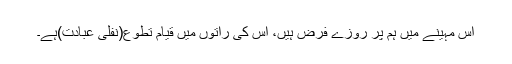
اس مہینے میں ہم پر روزے فرض ہیں، اس کی راتوں میں قیام تطوع(نفلی عبادت)ہے۔